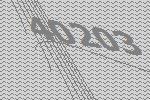
40203